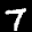
Label: 7